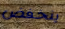
ينخفض